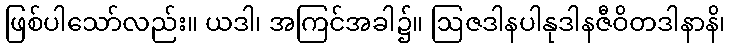
ဖြစ်ပါသော်လည်း။ ယဒါ၊ အကြင်အခါ၌။ ဩဇဒါနပါနုဒါနဇီဝိတဒါနာနိ၊